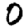
Digit: 0